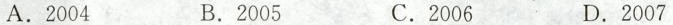
A.2004 B.2005 C.2006 D.2007